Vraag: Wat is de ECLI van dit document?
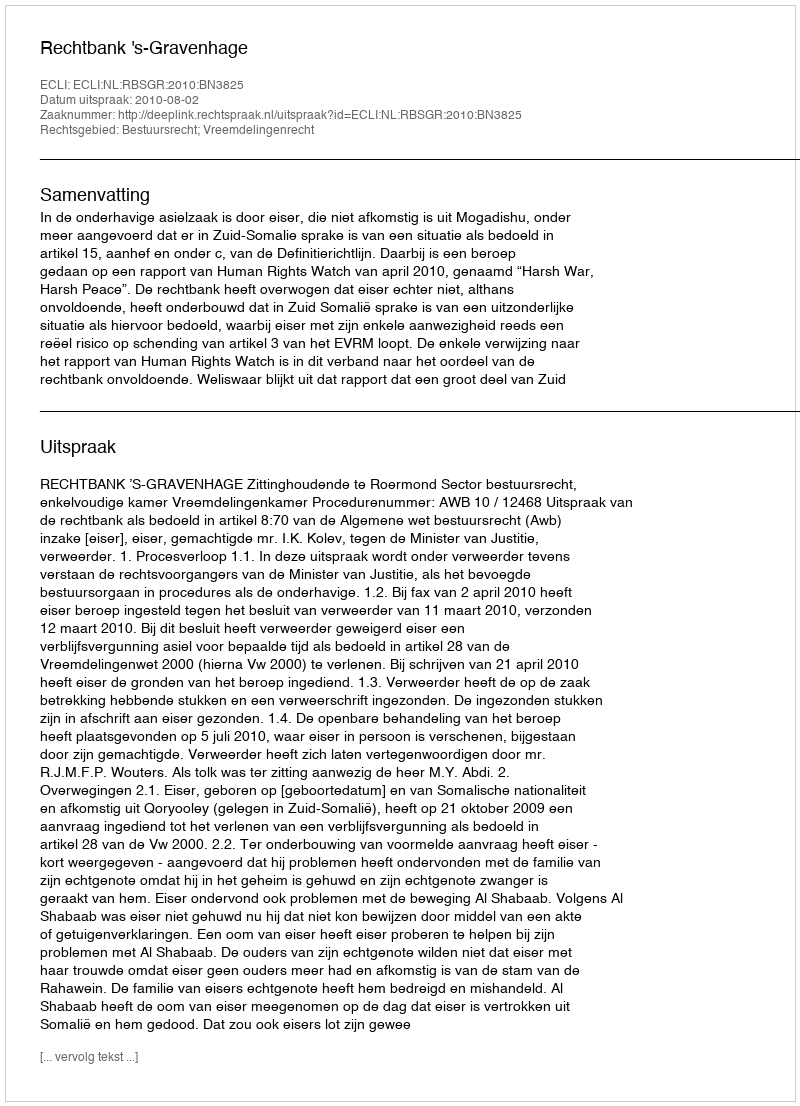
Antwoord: ECLI:NL:RBSGR:2010:BN3825